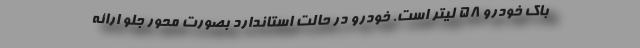
باک خودرو 58 لیتر است. خودرو در حالت استاندارد بصورت محور جلو ارائه